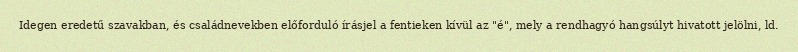
Idegen eredetű szavakban, és családnevekben előforduló írásjel a fentieken kívül az "é", mely a rendhagyó hangsúlyt hivatott jelölni, ld.